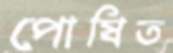
পোষিত